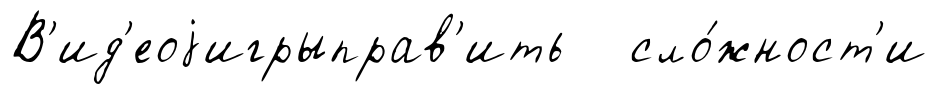
В'ид'еоjигрыправ'ить сло́жност'и